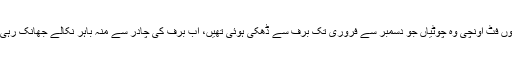
ہزاروں فٹ اونچی وہ چوٹیاں جو دسمبر سے فروری تک برف سے ڈھکی ہوئی تھیں، اب برف کی چادر سے منہ باہر نکالے جھانک رہی ہیں۔